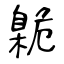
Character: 臲